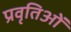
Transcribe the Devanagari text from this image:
प्रवृतिओं